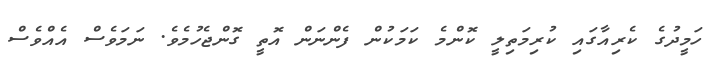
ހަމީދުގެ ކެރިއާގައި ކުރިމަތިލީ ކޮންމެ ކަމަކުން ފެންނަން އޮތީ ގޮންޖެހުމެވެ. ނަމަވެސް އެއްވެސް